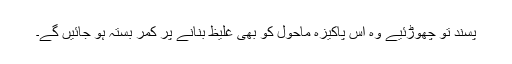
پسند تو چھوڑئیے وہ اس پاکیزہ ماحول کو بھی غلیظ بنانے پر کمر بستہ ہو جائیں گے۔